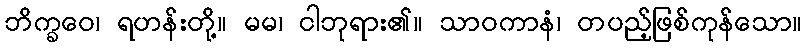
ဘိက္ခဝေ၊ ရဟန်းတို့။ မမ၊ ငါဘုရား၏။ သာဝကာနံ၊ တပည့်ဖြစ်ကုန်သော။